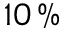
1 0 \, \%